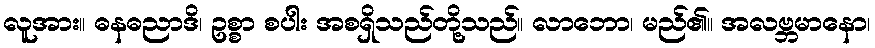
လူအား။ ဓနဓညာဒိ၊ ဥစ္စာ စပါး အစရှိသည်တို့သည်။ လာဘော၊ မည်၏။ အလဗ္ဘမာနော၊